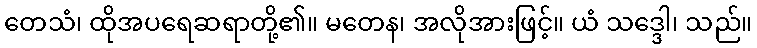
တေသံ၊ ထိုအပရေဆရာတို့၏။ မတေန၊ အလိုအားဖြင့်။ ယံ သဒ္ဒေါ၊ သည်။